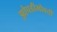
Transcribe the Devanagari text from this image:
झोपडीभोवती